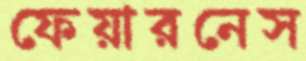
ফেয়ারনেস